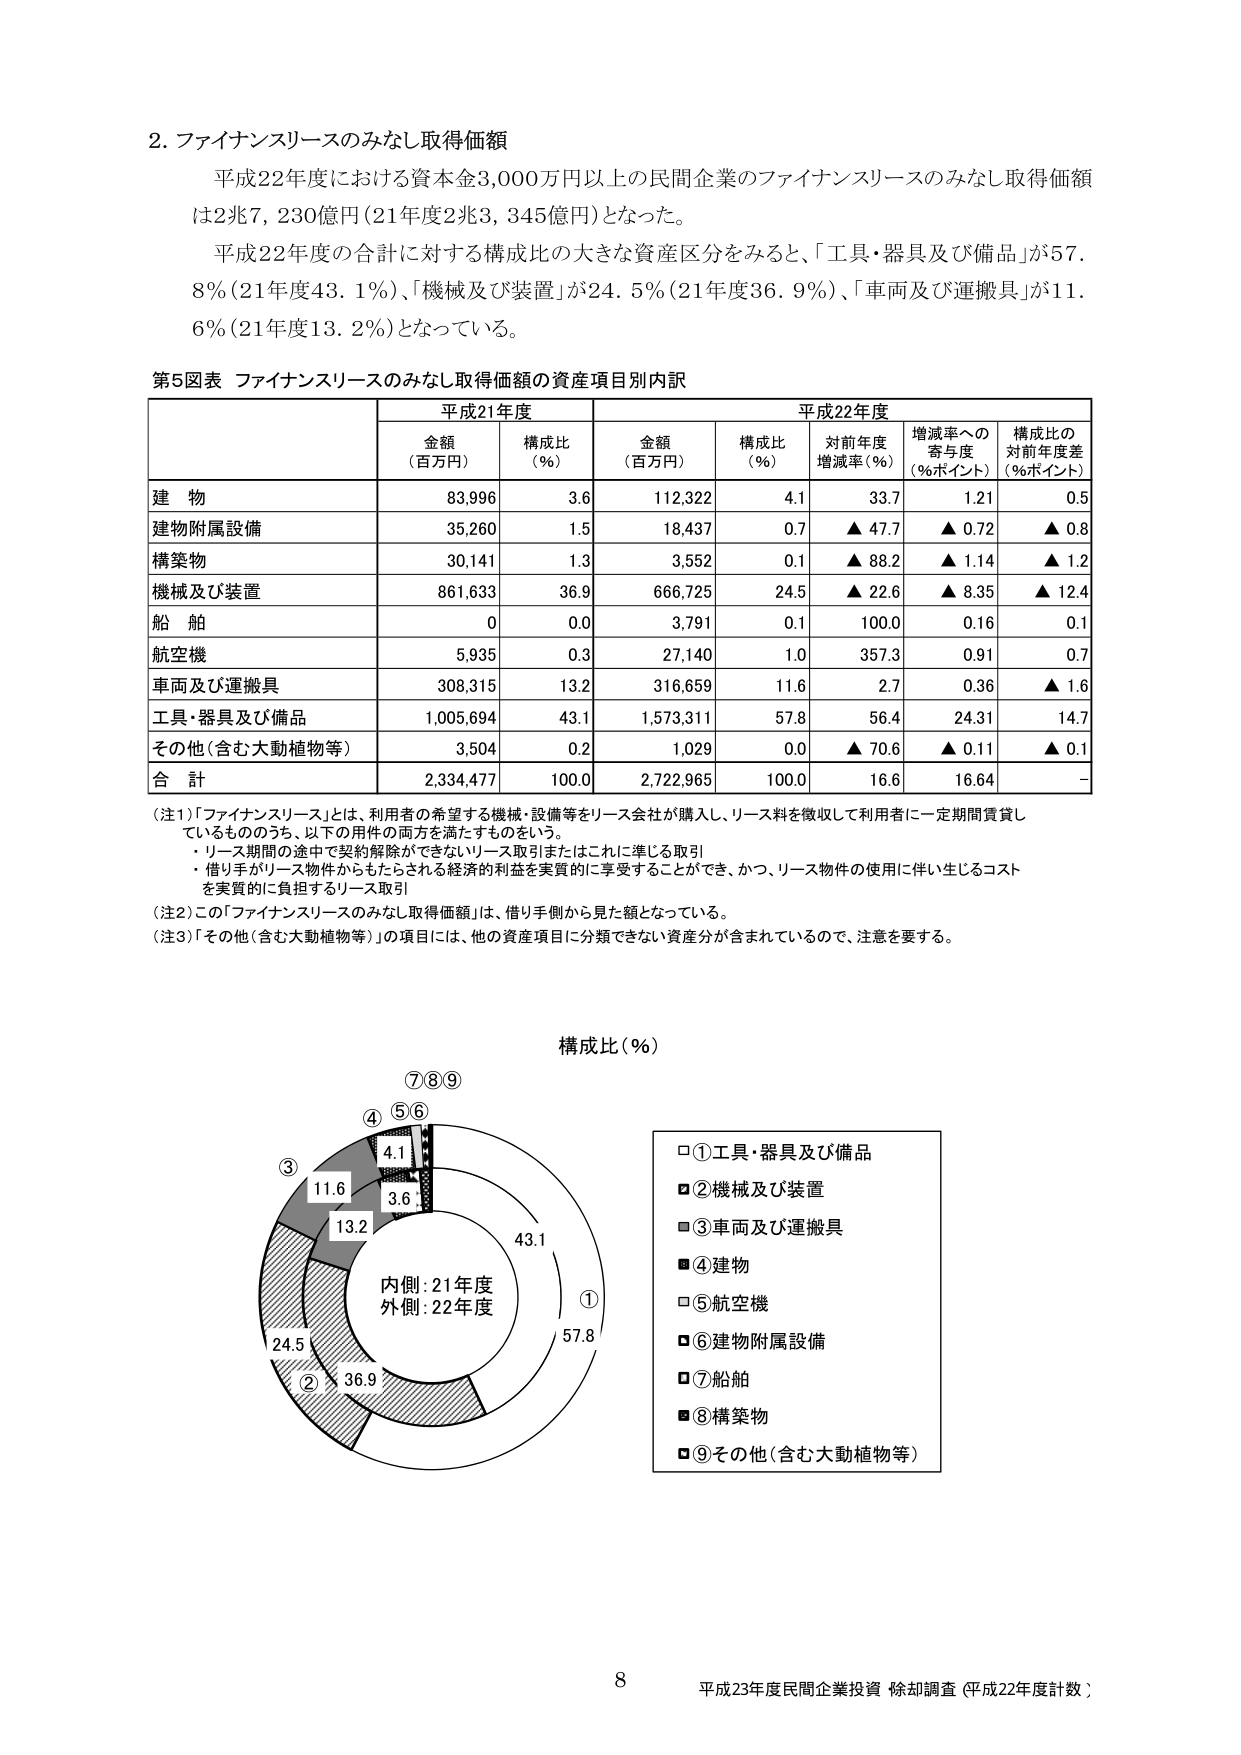
2. ファイナンスリースのみなし取得価額
平成22年度における資本金3,000万円以上の民間企業のファイナンスリースのみなし取得価額は2兆7,230億円（21年度2兆3,345億円）となった。
平成22年度の合計に対する構成比の大きな資産区分をみると、「工具・器具及び備品」が57.8％（21年度43.1％）、「機械及び装置」が24.5％（21年度36.9％）、「車両及び運搬具」が11.6％（21年度13.2％）となっている。

第5図表 ファイナンスリースのみなし取得価額の資産項目別内訳

| | 平成21年度 | | 平成22年度 | | | |
|---|---|---|---|---|---|---|---|
| | 金額（百万円） | 構成比（％） | 金額（百万円） | 構成比（％） | 対前年度増減率（％） | 増減率への寄与度（％ポイント） | 構成比の対前年度差（％ポイント） |
| 建物 | 83,996 | 3.6 | 112,322 | 4.1 | 33.7 | 1.21 | 0.5 |
| 建物附属設備 | 35,260 | 1.5 | 18,437 | 0.7 | ▲47.7 | ▲0.72 | ▲0.8 |
| 構築物 | 30,141 | 1.3 | 3,552 | 0.1 | ▲88.2 | ▲1.14 | ▲1.2 |
| 機械及び装置 | 861,633 | 36.9 | 666,725 | 24.5 | ▲22.6 | ▲8.35 | ▲12.4 |
| 船舶 | 0 | 0.0 | 3,791 | 0.1 | 100.0 | 0.16 | 0.1 |
| 航空機 | 5,935 | 0.3 | 27,140 | 1.0 | 357.3 | 0.91 | 0.7 |
| 車両及び運搬具 | 308,315 | 13.2 | 316,659 | 11.6 | 2.7 | 0.36 | ▲1.6 |
| 工具・器具及び備品 | 1,005,694 | 43.1 | 1,573,311 | 57.8 | 56.4 | 24.31 | 14.7 |
| その他（含む大動植物等） | 3,504 | 0.2 | 1,029 | 0.0 | ▲70.6 | ▲0.11 | ▲0.1 |
| 合計 | 2,334,477 | 100.0 | 2,722,965 | 100.0 | 16.6 | 16.64 | - |

（注1）「ファイナンスリース」とは、利用者の希望する機械・設備等をリース会社が購入し、リース料を徴収して利用者に一定期間賃貸しているもののうち、以下の要件の両方を満たすものをいう。
・リース期間の途中で契約解除ができないリース取引またはこれに準じる取引
・借り手がリース物件からもたらされる経済的利益を実質的に享受することができ、かつ、リース物件の使用に伴い生じるコストを実質的に負担するリース取引

（注2）この「ファイナンスリースのみなし取得価額」は、借り手側から見た額となっている。

（注3）「その他（含む大動植物等）」の項目には、他の資産項目に分類できない資産分が含まれているので、注意を要する。

構成比（％）

内側：21年度
外側：22年度

①工具・器具及び備品
②機械及び装置
③車両及び運搬具
④建物
⑤航空機
⑥建物附属設備
⑦船舶
⑧構築物
⑨その他（含む大動植物等）

8
平成23年度民間企業投資 除却調査（平成22年度計数）